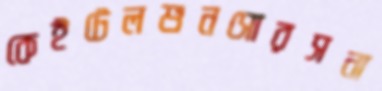
কেইটেলশুনসোরসনা